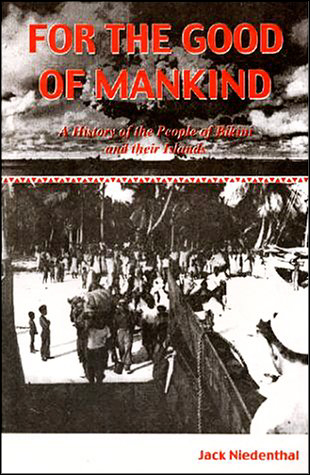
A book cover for For the Good of Mankind : A History of the People of Bikini and their Islands; Jack Niedenthal; History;